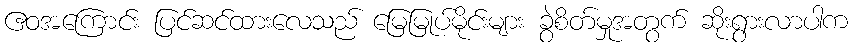
ဧဝအကြောင်း ပြင်ဆင်ထားလေသည် မြေမြုပ်မိုင်းများ ခွဲစိတ်မှုအတွက် ဆိုးရွားလာပါက